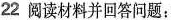
22阅读材料并回答问题：